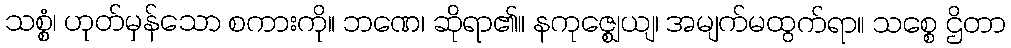
သစ္စံ၊ ဟုတ်မှန်သော စကားကို။ ဘဏေ၊ ဆိုရာ၏။ နကုဇ္ဈေယျ၊ အမျက်မထွက်ရာ။ သစ္စေ ဌိတာ